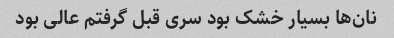
نان‌ها بسیار خشک بود سری قبل گرفتم عالی بود